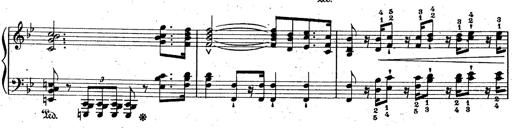
Title: La Marseillaise
Composer: Franz Liszt
Key: B-flat major